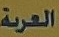
العربة